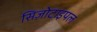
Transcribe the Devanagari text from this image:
सिज़ोटाइपल